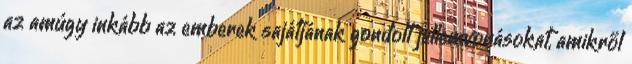
az amúgy inkább az emberek sajátjának gondolt jellemvonásokat, amikről